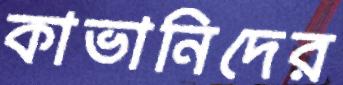
কাভানিদের